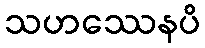
သဟဿေနပိ